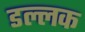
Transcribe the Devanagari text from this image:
डल्लक